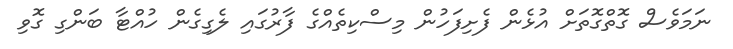
ނަމަވެސް ގޮތްގޮތަށް އުޅެން ފެށިފަހުން މިސްކިތެއްގެ ފާރުގައި ލެގިގެން ހުއްޓާ ބަންގި ގޮވި